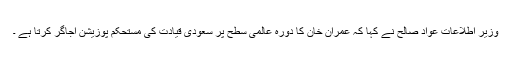
وزیر اطلاعات عواد صالح نے کہا کہ عمران خان کا دورہ عالمی سطح پر سعودی قیادت کی مستحکم پوزیشن اجاگر کرتا ہے ۔